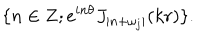
\{ n \in { \bf Z } ; e ^ { i n \theta } J _ { | n + \omega _ { j } | } ( k r ) \} .